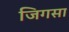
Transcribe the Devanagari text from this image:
जिगसा